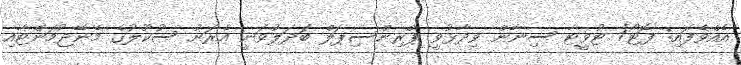
އެއްވެފައި: ފޮޓޯ/ ޓުވީޓާ ސިނާން ވިދާޅުވީ ޕްރިންސިޕަލް ބަދަލުވަނީ އެރަށު ސުކޫލުގެ މެނޭޖުމަންޓާއި